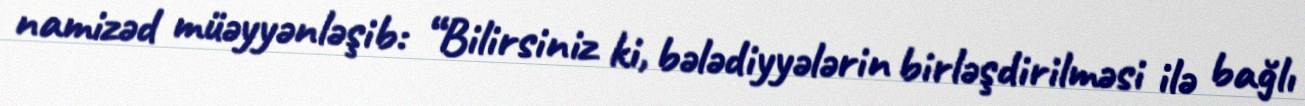
namizəd müəyyənləşib: “Bilirsiniz ki, bələdiyyələrin birləşdirilməsi ilə bağlı